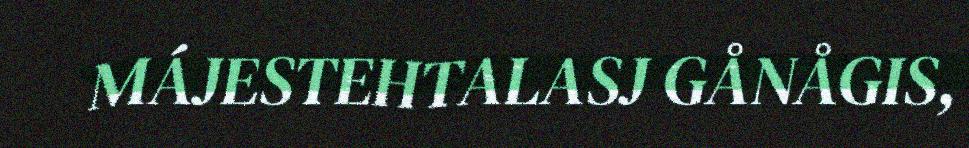
MÁJESTEHTALASJ GÅNÅGIS,